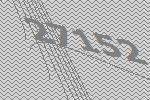
27152